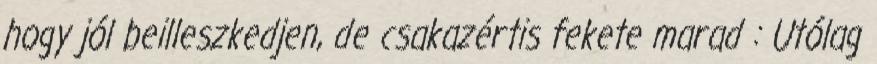
hogy jól beilleszkedjen, de csakazértis fekete marad : Utólag